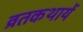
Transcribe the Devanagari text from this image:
व्रतकथायें